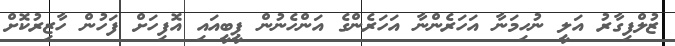
ޒުލްފިގާރު އަލީ ނުހިމަނާ އަހަރެންނާ އަހަރެންގެ އަންހެނުން ޕީބީއައި އޮފިހަށް ފަހުން ހާޒިރުކޮށް